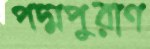
পদ্মপুরাণ